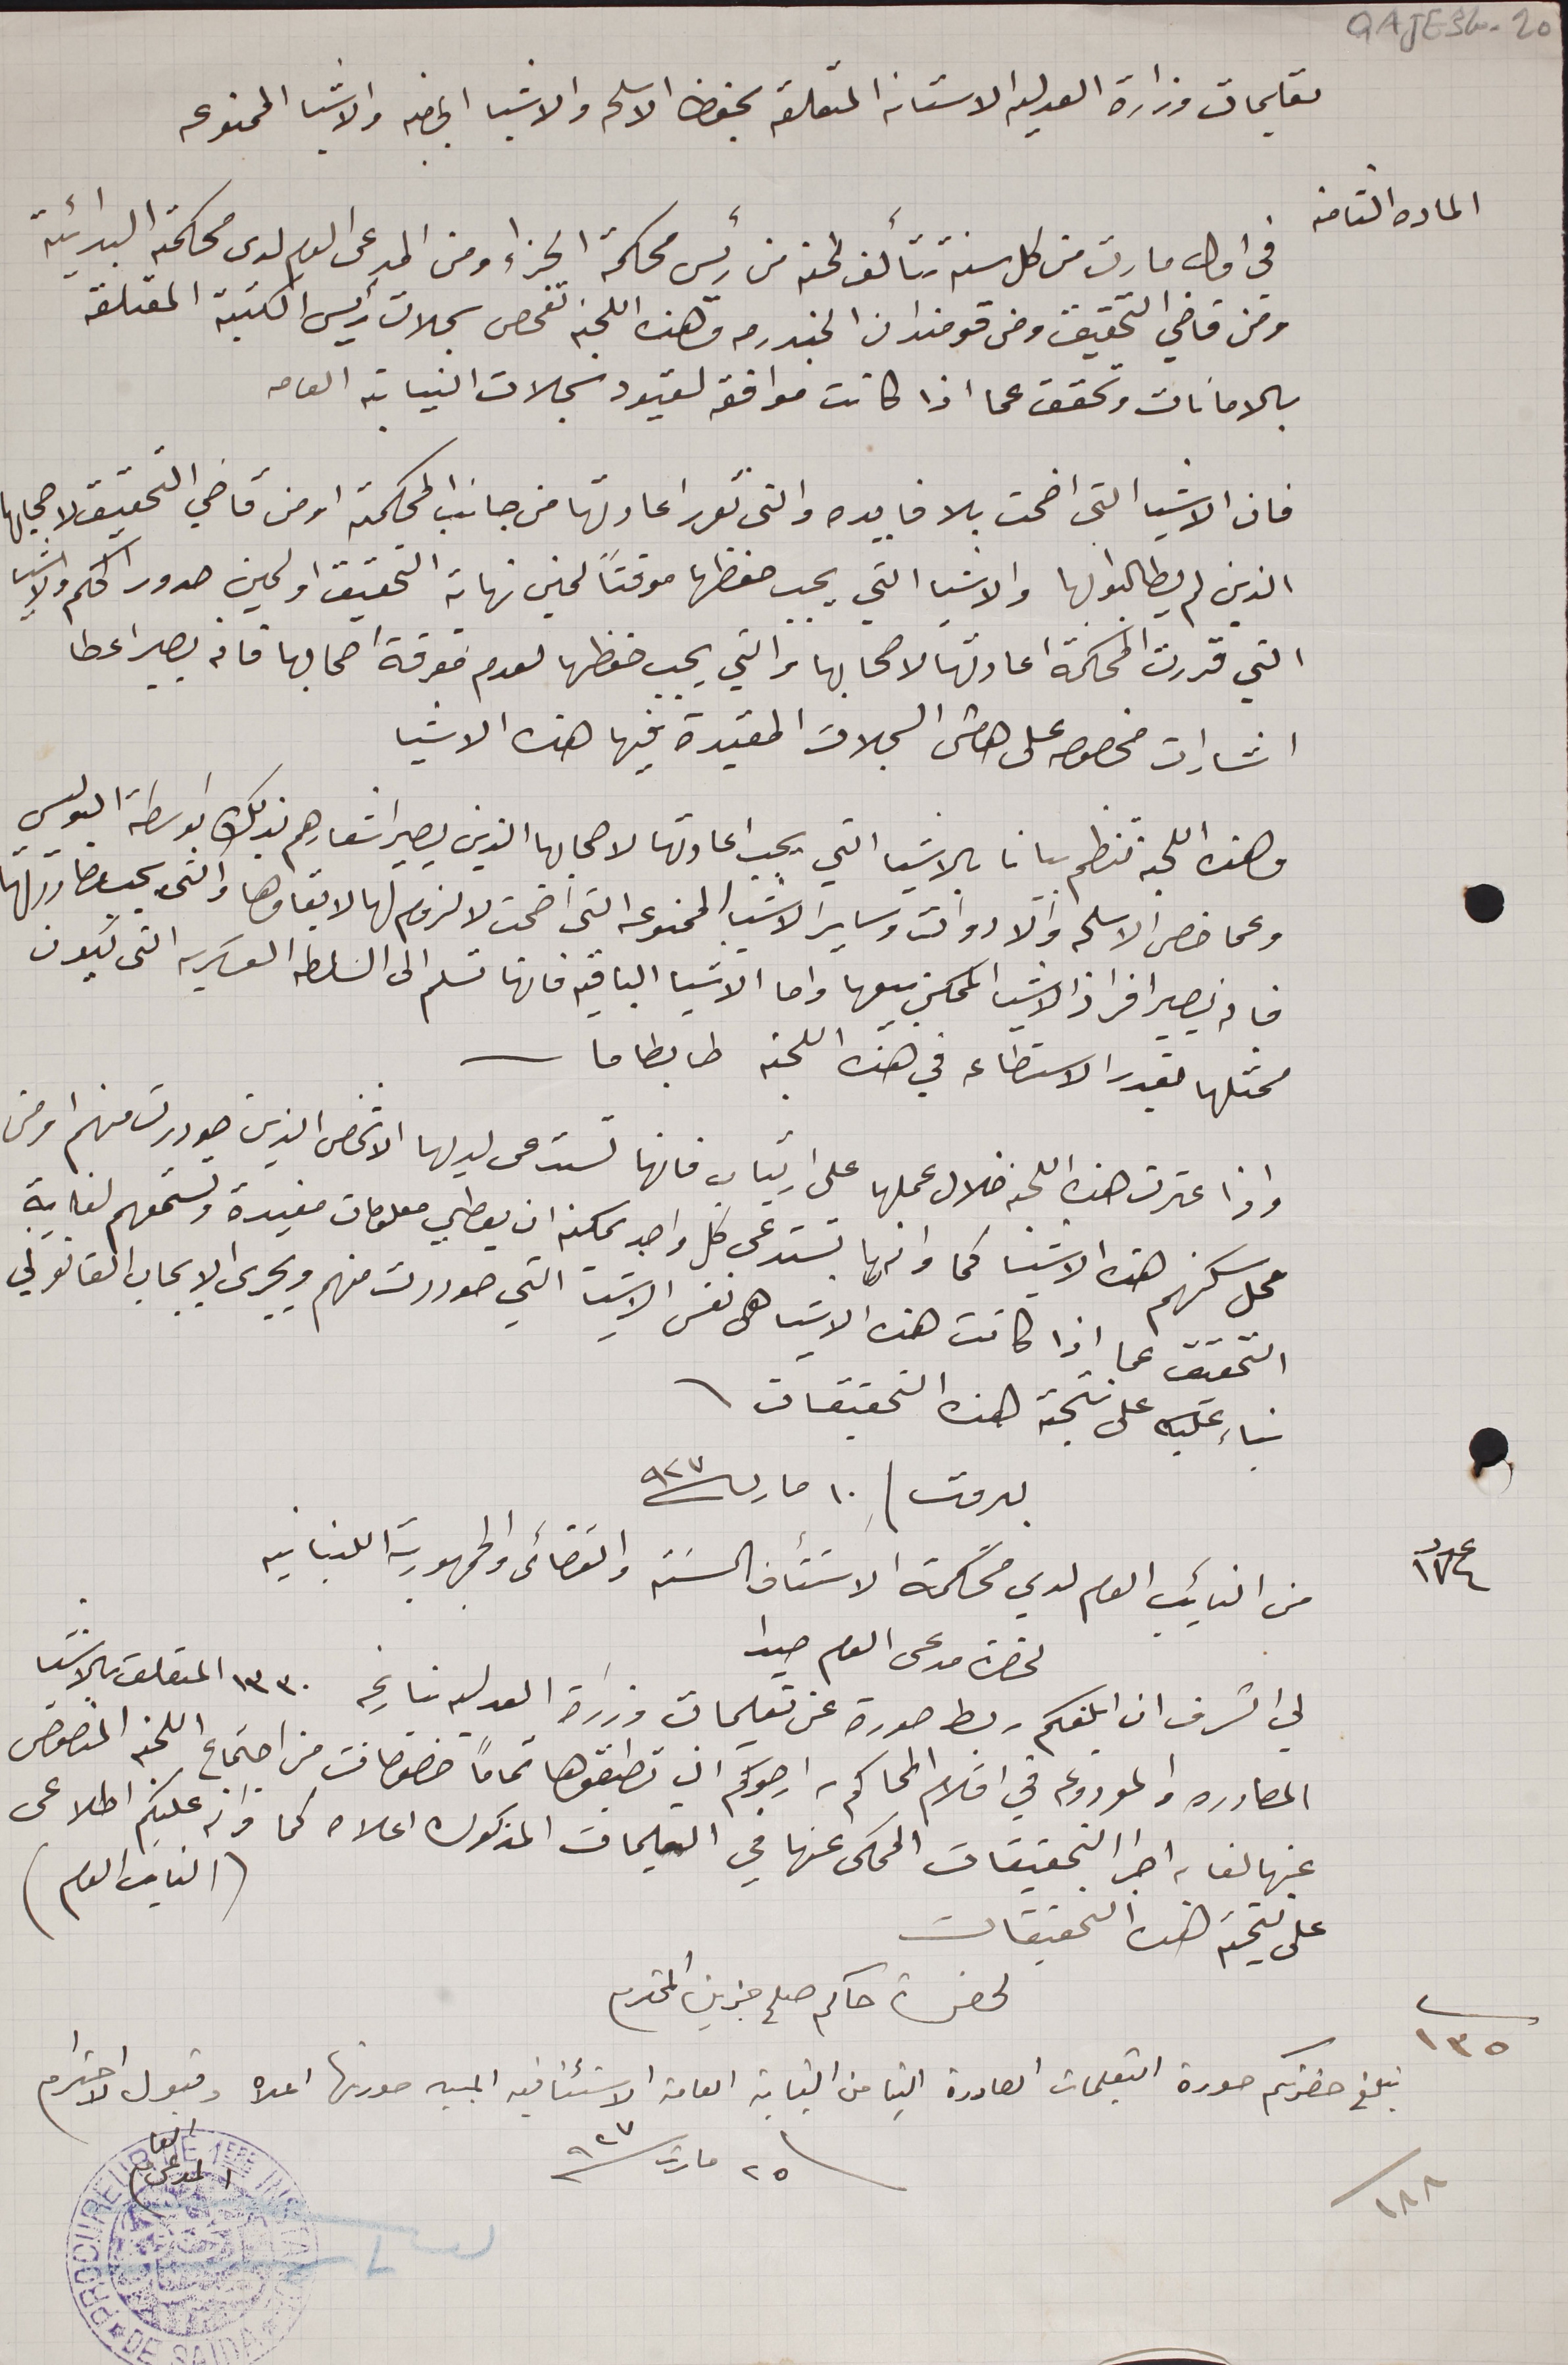
تعليمات وزارة العدليه الاستانه المتعلقة بحفظ الاسلحه والاشيا   الخاصه  والاشيا الممنوعه
في اول مارت من كل سنه تتألف لجنه من رئيس محكمة الجزاء ومن المدعى العام لدى محكمة البدائية
ومن قاضي التحقيق ومن قومندان الجندرمه وهذه اللجنة تفحص سجلات رئيس الكتبة المتعلقه
بالامانات وتحقق عما اذا كانت موافقه لقيود سجلات النيابة العامه
فان الاشيا التى اضحت بلا فايده والتى تقرر اعادتها من جانب المحكمة او من قاضي التحقيق لاصحابها
الذين لم يطالبوا بها والاشيا التي يجب حفظها موقتاً لحين نهاية التحقيق او لحين صدور الحكم والاشيا
التي قررت المحكمة اعادتها لاصحابها والتي يجب حفظها لعدم معرفة اصحابها فانه يصير اعطا
اشارات مخصوص على هامش السجلات المقيدة فيها هذه الاشيا
وهذه اللجنة تنظم بيانا بالاشيا التي يجب اعادتها لاصحابها الذين يصير اشعارهم بذلك بواسطة البوليس
وعما خص الاسلحه والادوات وساير الاشيا الممنوعه التي اضحت لا لزوم لها لابقاوها والتى يجب مصادرتها
فان يصير افراز الاشيا الممكن بيعها واما الاشيا الباقيه فانها تسلم الى السلطه العسكريه التي يكون
ممثلها بقدر الاستطاعه في هذه اللجنة ضابطا ما.
واذا عثرت هذه اللجنه خلال عملها على ارتياب فانها تستدعى لديها الاشخاص الذين صودرت منهم او من
محل سكنهم هذه الاشيا كما وانها تستدعى كل واحد يمكنه ان يعطي معلومات مفيدة وتستمعهم لغاية
التحقيق عما اذا كانت هذه الاشيا هى نفس الاشيا التي صودرت منهم ويجرى الايجاب القانوني
بناء عليه على نتجة هذه التحقيقات
بيروت / ١٠ مارس سنة ٩٢٧
عدد ١٧٤  من النائِب العام لدى محكمة الاستئناف الحسنة والقضائى والجمهورية اللبنانيه
لي الشرف ان ابلغكم ربط صورة عن تعليمات وزارة العدليه بتاريخه ١٣٣٠ المتعلق بالاشيا
المصادره والمودوعه في اقلام المحاكم، ارجوكم ان تطبقوها تماماً خصوصاً من اجتماع اللجنه المنصوص
عنها لقاء اجرا التحقيقات المحكى عنها في التعليمات المذكوره اعلاه كما وانه عليكم اطلاعى
على نتيجة هذه التحقيقات
لحضرة حاكم صلح جزين المحترم
 ١٣٥    نبلغ حضرتكم صورة التعليمات الصادرة الينا من النيابة المامة الاستئنافيه المبين صورتها اعلاه وقبول الاحترام
٢٥ مارت سنة ٩٢٧
١٨٨
 المدعى العام
QAJE 3G-20
الماده الثامنه
(النايب العام)
لحضرة مدعى العام صيدا